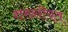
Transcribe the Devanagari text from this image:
शख्सीयत